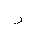
Letter: _ra